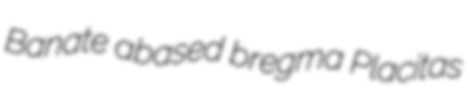
Banate abased bregma Placitas